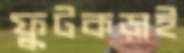
ফুটকড়াই